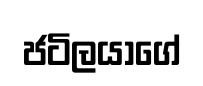
ජටිලයාගේ